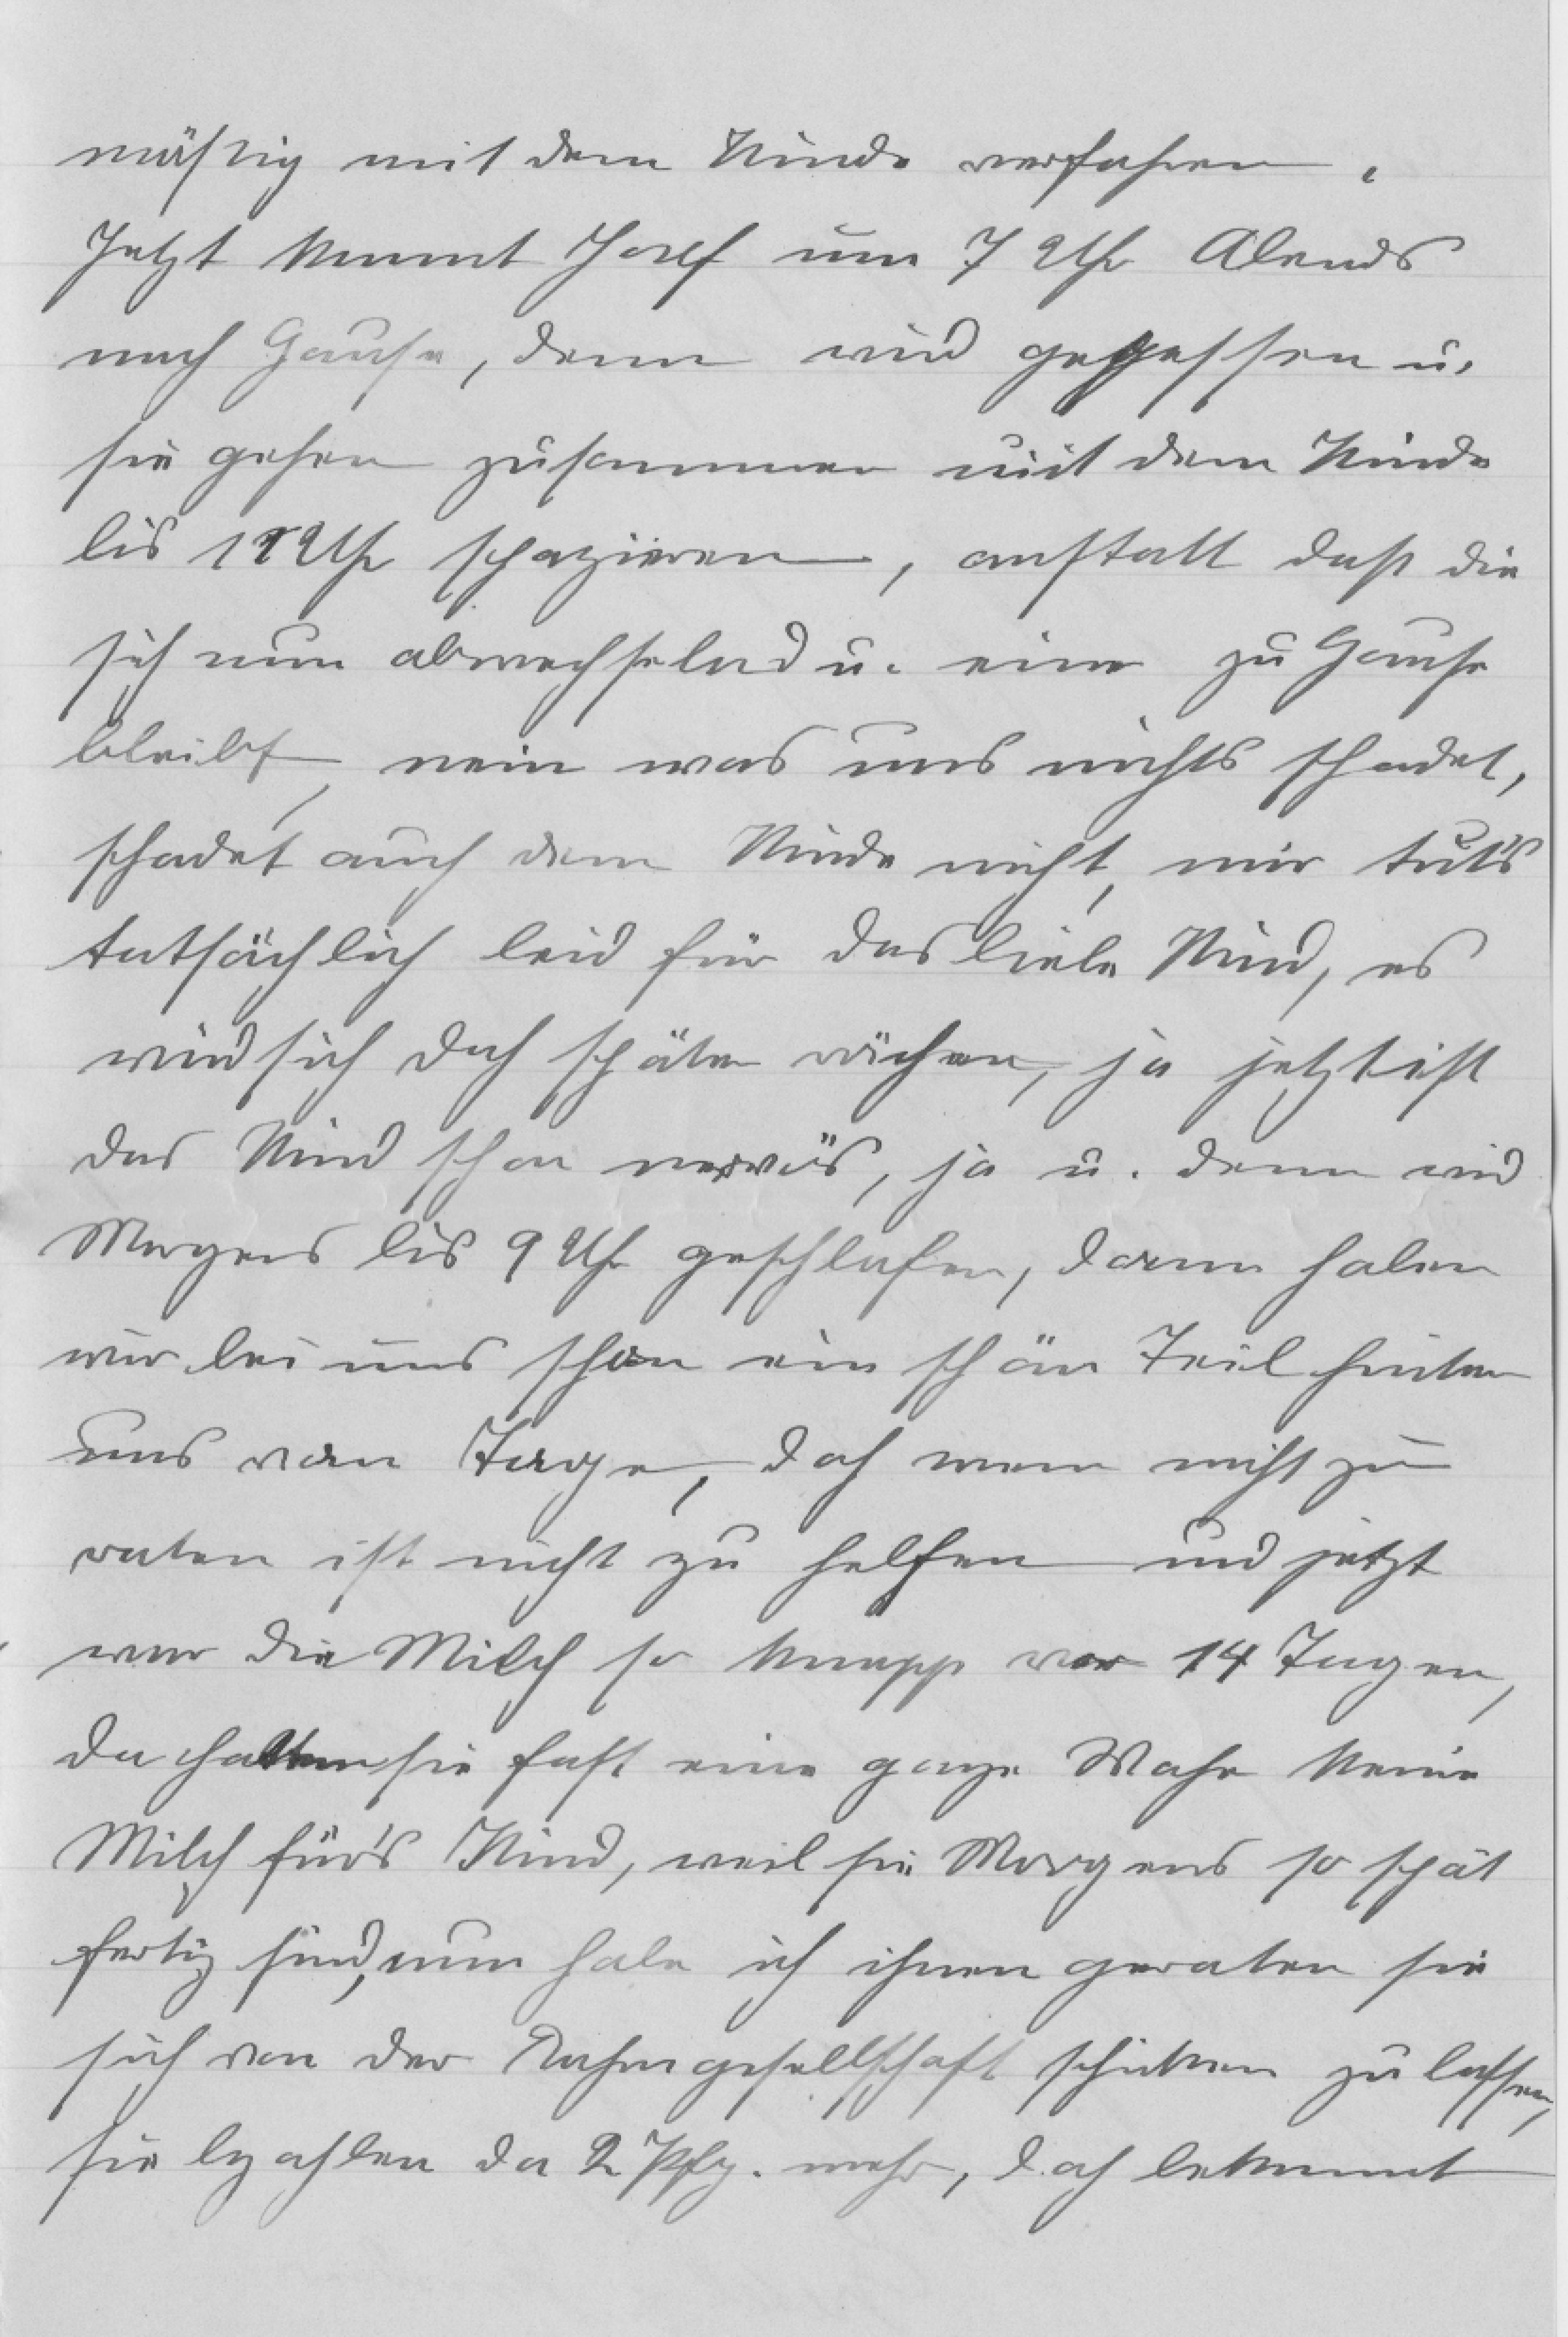
mäßig mit dem Kinde verfahren.
Jetzt kommt Josef um 7 Uhr Abends
nach Hause, dann wird gegessen u.
sie gehen zusammen mit dem Kinde
bis 11 Uhr spazieren, anstatt daß die
sich nun abwechseln u. einer zu Hause
bleibt, nein was uns nichts schadet,
schadet auch dem Kinde nicht, mir tut's
tatsächlich leid für das liebe Kind, es
wird sich doch später rächen, ja jetzt ist
das Kind schon nervös, ja u. dann wird
Morgens bis 9 Uhr geschlafen, dann haben
wir bei uns schon ein schön Teil hinter
uns vom Tage, doch wem nicht zu
raten ist nicht zu helfen und jetzt
war die Milch so knapp vor 14 Tagen,
da hatten sie fast eine ganze Woche keine
Milch für's Kind, weil sie Morgens so spät
fertig sind, nun habe ich ihnen geraten sie
sich von der Rahmgesellschaft schicken zu lassen,
sie bezahlen da 2 Pfg. mehr, doch bekommt